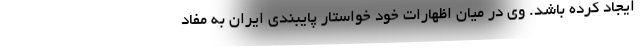
ایجاد کرده باشد. وی در میان اظهارات خود خواستار پایبندی ایران به مفاد